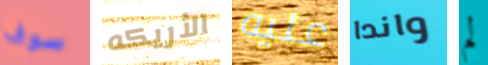
سوف الأريكه عليه واندا لم